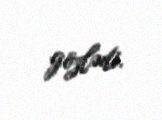
gözlədi.